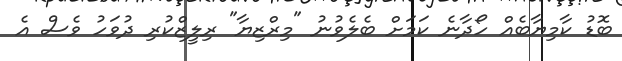
ބޮޑު ކާމިޔާބެއް ހޯދާނެ ކަމަށް ބެލެވުނު "މިރްޒިޔާ" ރިލީޒްކުރި ދުވަހު ވެސް އެ